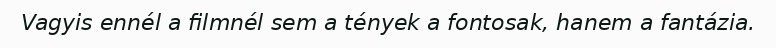
Vagyis ennél a filmnél sem a tények a fontosak, hanem a fantázia.